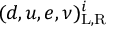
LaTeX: ( d , u , e , \nu ) _ { \mathrm { L , R } } ^ { i }